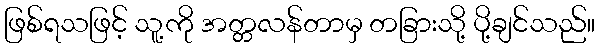
ဖြစ်ရသဖြင့် သူ့ကို အတ္တလန်တာမှ တခြားသို့ ပို့ချင်သည်။